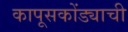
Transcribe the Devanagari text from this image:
कापूसकोंड्याची